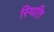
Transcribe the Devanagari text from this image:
स्थिति